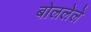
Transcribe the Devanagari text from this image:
बोललेले